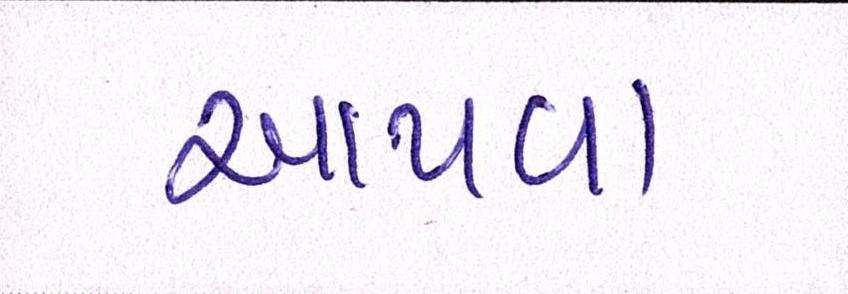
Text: આપવા